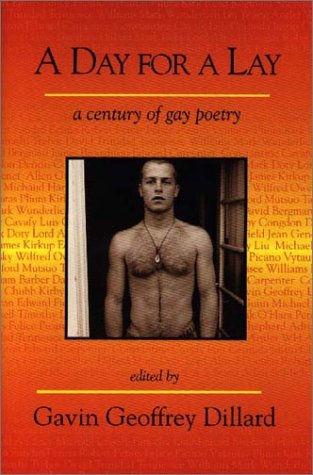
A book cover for A Day for a Lay: A Century of Gay Poetry; Gay & Lesbian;